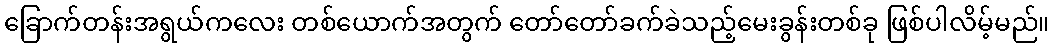
ခြောက်တန်းအရွယ်ကလေး တစ်ယောက်အတွက် တော်တော်ခက်ခဲသည့်မေးခွန်းတစ်ခု ဖြစ်ပါလိမ့်မည်။